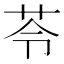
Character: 苓